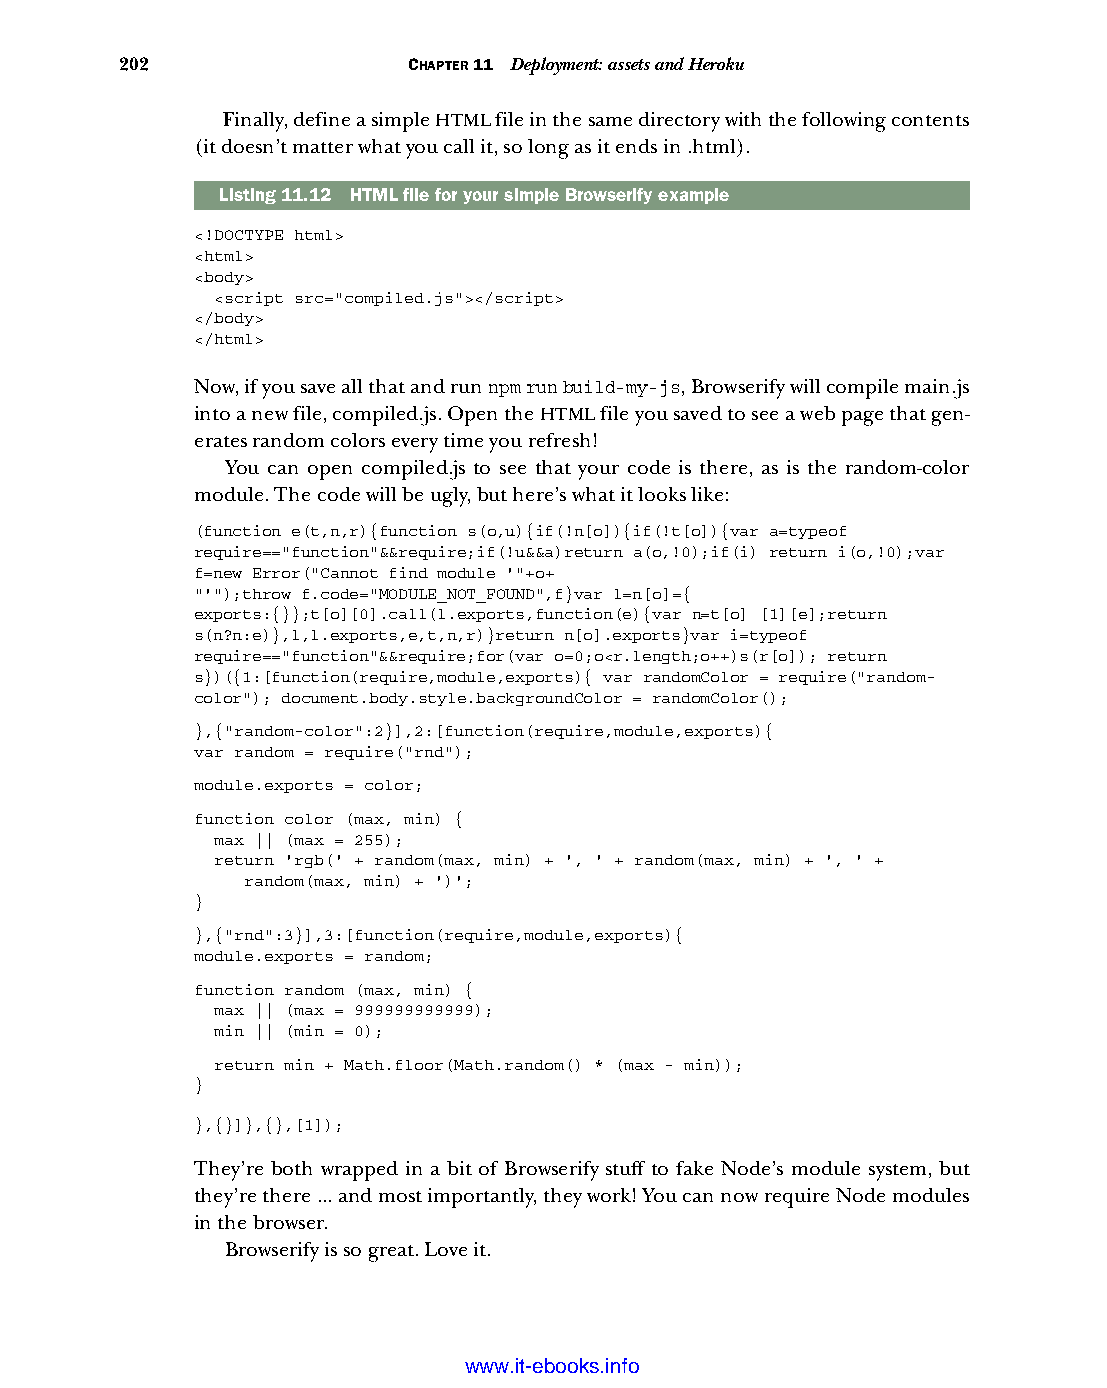
202                CHAPTER 11 Deployment: assets and Heroku
 Finally, define a simple HTML file in the same directory with the following contents
 (it doesn’t matter what you call it, so long as it ends in .html).
 Listing11.12 HTML file for your simple Browserify example
 <!DOCTYPE html>
 <html>
 <body>
 <script src="compiled.js"></script>
 </body>
 </html>
 Now, if you save all that and run npm run build-my-js, Browserify will compile main.js
 into a new file, compiled.js. Open the HTML file you saved to see a web page that gen-
 erates random colors every time you refresh!
 You can open compiled.js to see that your code is there, as is the random-color
 module. The code will be ugly, but here’s what it looks like:
 (function e(t,n,r){function s(o,u){if(!n[o]){if(!t[o]){var a=typeof
 require=="function"&&require;if(!u&&a)return a(o,!0);if(i) return i(o,!0);var
 f=new Error("Cannot find module '"+o+
 "'");throw f.code="MODULE_NOT_FOUND",f}var l=n[o]={
 exports:{}};t[o][0].call(l.exports,function(e){var n=t[o] [1][e];return
 s(n?n:e)},l,l.exports,e,t,n,r)}return n[o].exports}var i=typeof
 require=="function"&&require;for(var o=0;o<r.length;o++)s(r[o]); return
 s})({1:[function(require,module,exports){ var randomColor = require("random-
 color"); document.body.style.backgroundColor = randomColor();
 },{"random-color":2}],2:[function(require,module,exports){
 var random = require("rnd");
 module.exports = color;
 function color (max, min) {
 max || (max = 255);
 return 'rgb(' + random(max, min) + ', ' + random(max, min) + ', ' +
 random(max, min) + ')';
 }
 },{"rnd":3}],3:[function(require,module,exports){
 module.exports = random;
 function random (max, min) {
 max || (max = 999999999999);
 min || (min = 0);
 return min + Math.floor(Math.random() * (max - min));
 }
 },{}]},{},[1]);
 They’re both wrapped in a bit of Browserify stuff to fake Node’s module system, but
 they’re there ... and most importantly, they work! You can now require Node modules
 in the browser.
 Browserify is so great. Love it.
 Licensed wtow w <.mit-ielebro.8o8k8s@.ingfomail.com>